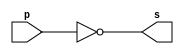
// ------------------------- 
// Exemplo0002 - NOT 
// Nome:Milton costa teles da silva 
// ------------------------- 
// ------------------------- 
// -- not gate 
// ------------------------- 
module notgate (output s, input p); 
assign s = ~p; 
endmodule // notgate 
// ------------------------- 
// -- test not gate 
// ------------------------- 
module testnotgate; 
// ------------------------- dados locais 
reg a; // definir registrador 
// (variavel independente) 
wire s; // definir conexao (fio) 
// (variavel dependente ) 
// ------------------------- instancia 
notgate NOT1 (s, a); 
// ------------------------- preparacao 
initial begin:start 
a=0; 
end 
// ------------------------- parte principal 
initial begin 
$display("Exemplo0002 - Milton costa teles da silva - 2751"); 
$display("Test NOT gate"); 
$display("\n~a = s\n"); 
a=0; 
#1 $display("~%b = %b", a, s); 
a=1; 
#1 $display("~%b = %b", a, s); 
end 
endmodule // testnotgate